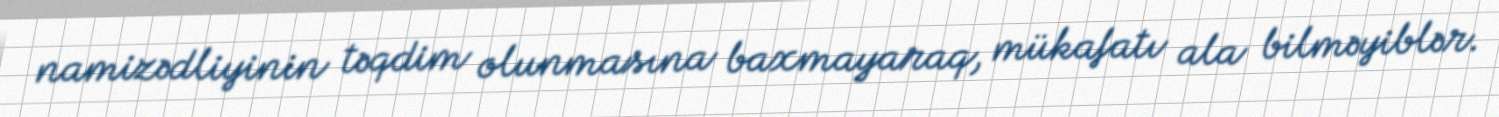
namizədliyinin təqdim olunmasına baxmayaraq, mükafatı ala bilməyiblər.